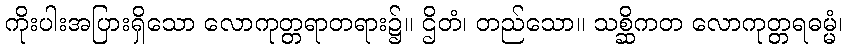
ကိုးပါးအပြားရှိသော လောကုတ္တရာတရား၌။ ဌိတံ၊ တည်သော။ သစ္ဆိကတ လောကုတ္တရဓမ္မံ၊